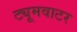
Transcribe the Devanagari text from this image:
ट्यूमवाटर